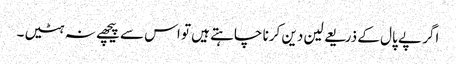
اگر پے پال کے ذریعے لین دین کرنا چاہتے ہیں تو اس سے پیچھے نہ ہٹیں۔